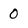
Character: 0